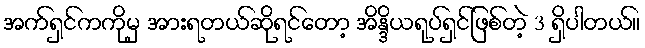
အက်ရှင်ကကိုမှ အားရတယ်ဆိုရင်တော့ အိန္ဒိယရုပ်ရှင်ဖြစ်တဲ့ 3 ရှိပါတယ်။